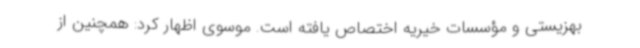
بهزیستی و مؤسسات خیریه اختصاص یافته است. موسوی اظهار کرد: همچنین از